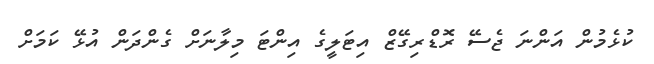
ކުޅެމުން އަންނަ ޖެސޭ ރޮޑްރިގޭޒް އިޓަލީގެ އިންޓަ މިލާނަށް ގެންދަން އުޅޭ ކަމަށް